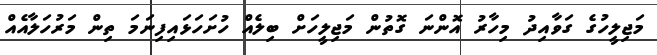
މަޖިލީހުގެ ގަވާއިދު މިހާރު އޮންނަ ގޮތުން މަޖިލީހަށް ބިލެއް ހުށަހަޅައިފިނަމަ ތިން މަރުހަލާއެއް